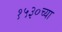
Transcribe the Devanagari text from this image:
१५३०च्या